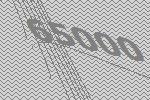
65000